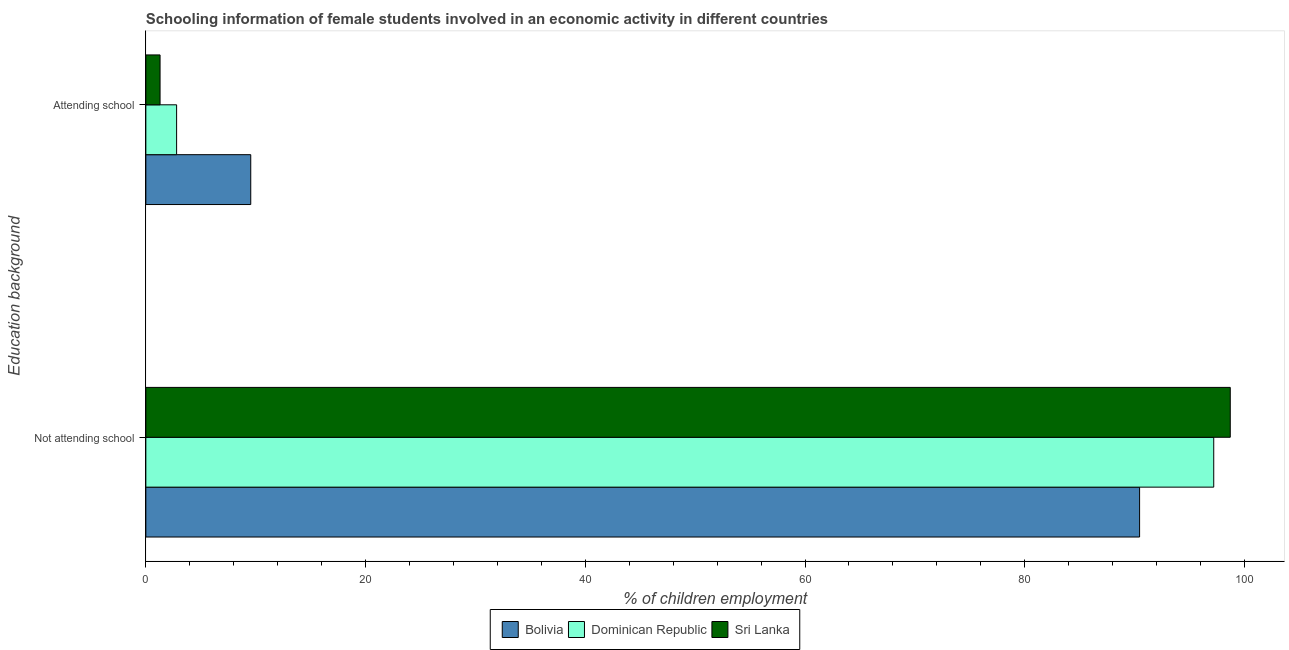
| Education background | Bolivia | Dominican Republic | Sri Lanka |
 | --- | --- | --- | --- |
 | Not attending school | 90.5 | 97.2 | 98.7 |
 | Attending school | 9.55 | 2.8 | 1.29 |